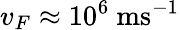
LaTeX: v_{F}\approx 10^{6}~\mathrm{ms^{-1}}